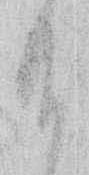
給